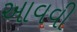
આવવી